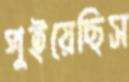
পুইয়েছিস